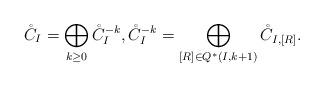
LaTeX: \begin{align*} \mathring{C}_I = \bigoplus_{k \geq 0} \mathring{C}_I^{-k}, \mathring{C}_I^{-k} = \bigoplus_{[R] \in Q^*(I, k+1)} \mathring{C}_{I,[R]}.\end{align*}